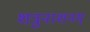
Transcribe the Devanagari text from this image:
शत्रुनाशनम्